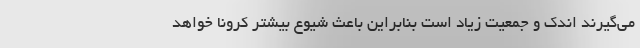
می‌گیرند اندک و جمعیت زیاد است بنابراین باعث شیوع بیشتر کرونا خواهد